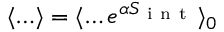
\langle \ldots \rangle = \langle \ldots e ^ { \alpha S _ { \mathrm { ~ i ~ n ~ t ~ } } } \rangle _ { 0 }